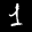
Label: 1